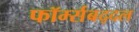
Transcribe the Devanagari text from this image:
फॉर्म्सबद्दल